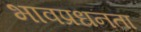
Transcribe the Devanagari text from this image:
भावप्रधनता